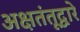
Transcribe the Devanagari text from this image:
अक्षतंतूद्वारे